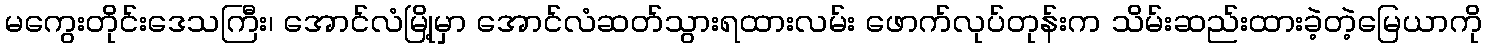
မကွေးတိုင်းဒေသကြီး၊ အောင်လံမြို့မှာ အောင်လံဆတ်သွားရထားလမ်း ဖောက်လုပ်တုန်းက သိမ်းဆည်းထားခဲ့တဲ့မြေယာကို